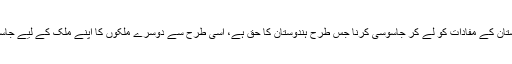
بیرونی ممالک میں ہندوستان کے مفادات کو لے کر جاسوسی کرنا جس طرح ہندوستان کا حق ہے، اسی طرح سے دوسرے ملکوں کا اپنے ملک کے لیے جاسوسی کرنا ان کا حق ہے۔